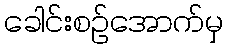
ခေါင်းစဉ်အောက်မှ